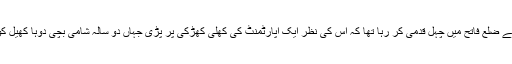
فیزی زباط استنبول کے ضلع فاتح میں چہل قدمی کر رہا تھا کہ اس کی نظر ایک اپارٹمنٹ کی کھلی کھڑکی پر پڑی جہاں دو سالہ شامی بچی دوہا کھیل کود میں مصروف تھی۔